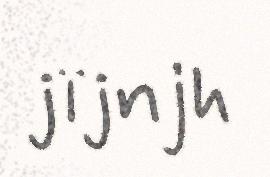
jïjnjh